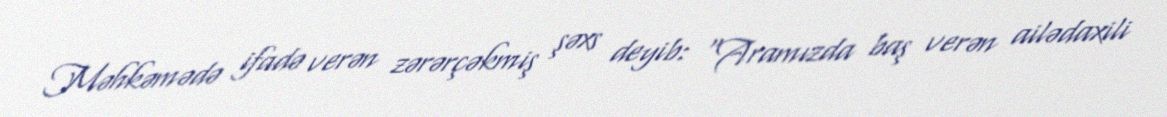
Məhkəmədə ifadə verən zərərçəkmiş şəxs deyib: “Aramızda baş verən ailədaxili